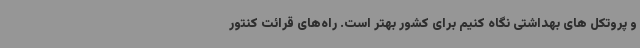
و پروتکل های بهداشتی نگاه کنیم برای کشور بهتر است. راه‌های قرائت کنتور